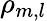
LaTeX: \rho_{m,l}